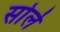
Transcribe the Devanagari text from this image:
सोर्ले